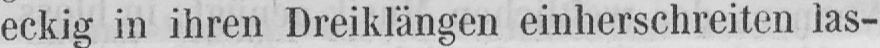
eckig in ihren Dreiklängen einherschreiten las-